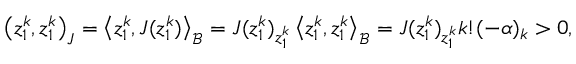
\begin{array} { r } { \left( { z _ { 1 } ^ { k } , z _ { 1 } ^ { k } } \right) _ { J } = \left< { z _ { 1 } ^ { k } , J ( z _ { 1 } ^ { k } ) } \right> _ { \mathcal B } = J ( z _ { 1 } ^ { k } ) _ { z _ { 1 } ^ { k } } \left< { z _ { 1 } ^ { k } , z _ { 1 } ^ { k } } \right> _ { \mathcal B } = J ( z _ { 1 } ^ { k } ) _ { z _ { 1 } ^ { k } } k ! ( - \alpha ) _ { k } > 0 , } \end{array}